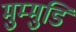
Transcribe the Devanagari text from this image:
मुम्मुडि